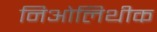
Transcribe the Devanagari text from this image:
निओलिथीक